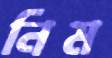
নিম